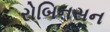
રોબિનસન